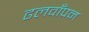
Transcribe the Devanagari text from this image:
ढलवाँपन